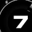
Digit: 7